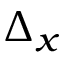
\Delta _ { x }